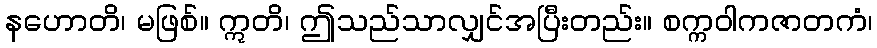
နဟောတိ၊ မဖြစ်။ ဣတိ၊ ဤသည်သာလျှင်အပြီးတည်း။ စက္ကဝါကဇာတကံ၊